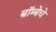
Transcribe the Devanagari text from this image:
बॉम्बेचे